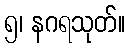
၅၊ နဂရသုတ်။